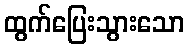
ထွက်ပြေးသွားသော